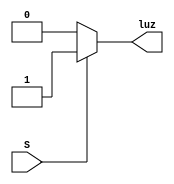
module luz(
    input wire S,
    output reg luz
);

always @* begin
    if (S) begin
        luz = 1; // Enciende el LED cuando el switch est activado
    end else begin
        luz = 0; // Apaga el LED cuando el switch est desactivado
    end
end

//assign luz = S;


			 

endmodule